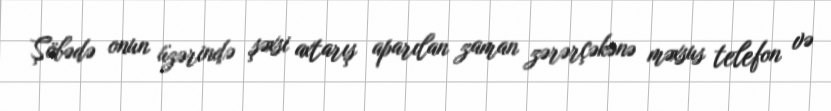
Şöbədə onun üzərində şəxsi axtarış aparılan zaman zərərçəkənə məxsus telefon və